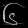
Digit: ၆